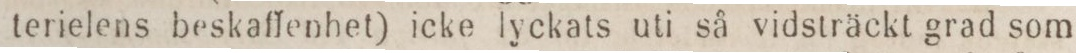
terielens beskaffenhet) icke lyckats uti så vidsträckt grad som